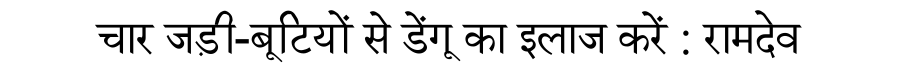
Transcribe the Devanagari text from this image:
चार जड़ी-बूटियों से डेंगू का इलाज करें : रामदेव